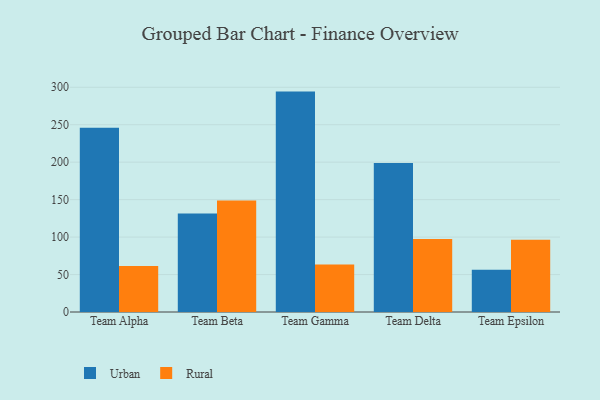
{"axis": {"x": "Team", "y": "LTV (USD)"}, "legend": ["Rural", "Urban"], "data": [{"x": "Team Alpha", "y": 245.9, "type": "Urban"}, {"x": "Team Alpha", "y": 61.5, "type": "Rural"}, {"x": "Team Beta", "y": 131.5, "type": "Urban"}, {"x": "Team Beta", "y": 148.9, "type": "Rural"}, {"x": "Team Gamma", "y": 294.2, "type": "Urban"}, {"x": "Team Gamma", "y": 63.3, "type": "Rural"}, {"x": "Team Delta", "y": 198.9, "type": "Urban"}, {"x": "Team Delta", "y": 97.6, "type": "Rural"}, {"x": "Team Epsilon", "y": 56.5, "type": "Urban"}, {"x": "Team Epsilon", "y": 96.5, "type": "Rural"}]}